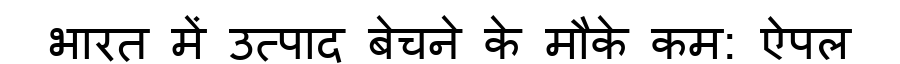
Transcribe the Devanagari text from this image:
भारत में उत्पाद बेचने के मौके कम: ऐपल